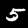
Digit: 5